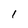
Character: 1